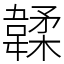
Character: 韖